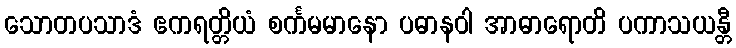
သောတပသာဒံ ဧကရတ္တိယံ စင်္ကမမာနော ပဓာနဝါ အာဓာရောတိ ပကာသယန္တီ